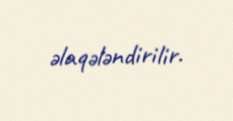
əlaqələndirilir.